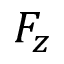
F _ { z }